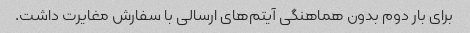
برای بار دوم بدون هماهنگی آیتم‌های ارسالی با سفارش مغایرت داشت.